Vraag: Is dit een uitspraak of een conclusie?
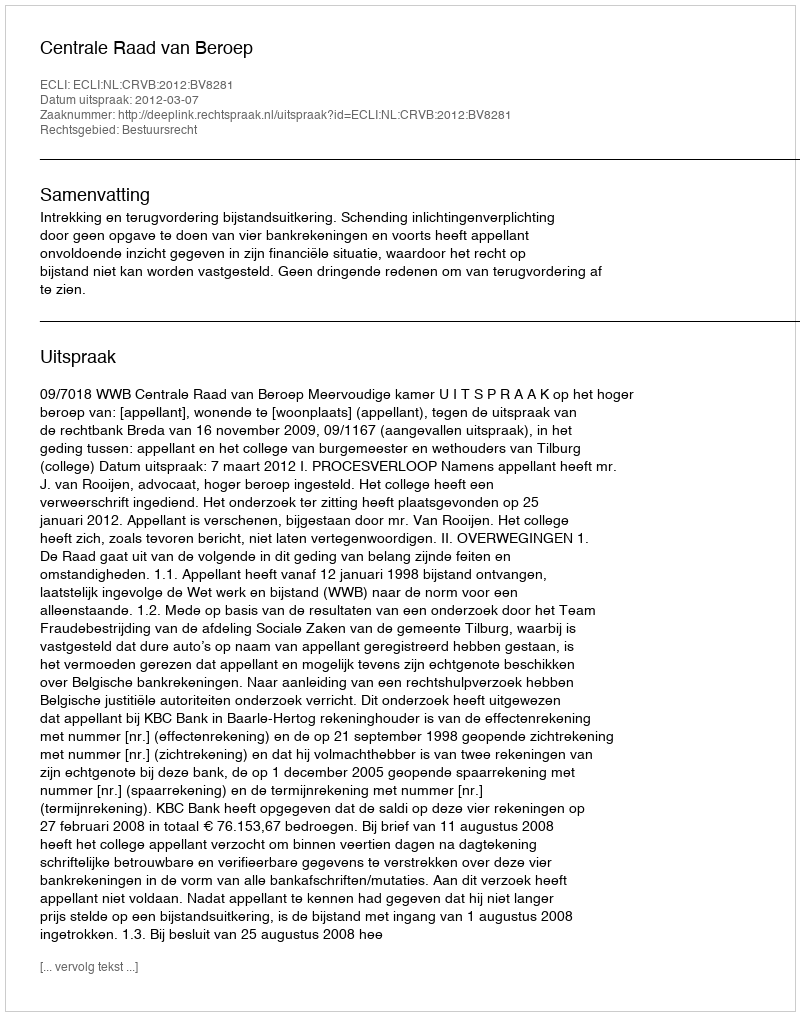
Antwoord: Uitspraak